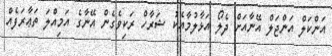
އަންކަލް އަންޖަލް އޭނާއަށް ދެލޯ އަޅާލުމާއެކު ޝަރާހް ރަކިވެެގެން އޭނާގެ އަމިއްލަ ތަޢާރަފެއް